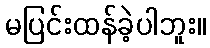
မပြင်းထန်ခဲ့ပါဘူး။